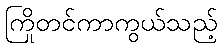
ကြိုတင်ကာကွယ်သည့်